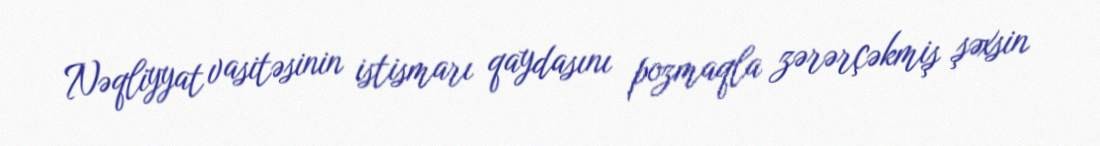
Nəqliyyat vasitəsinin istismarı qaydasını pozmaqla zərərçəkmiş şəxsin